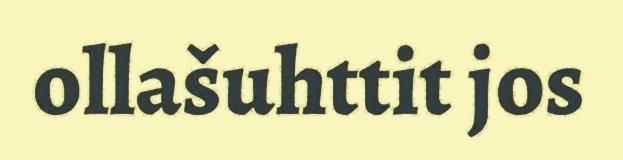
ollašuhttit jos